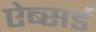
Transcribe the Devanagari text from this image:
ऐब्सर्ड